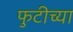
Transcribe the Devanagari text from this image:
फुटीच्या